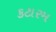
કટારમ